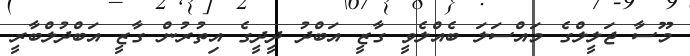
މޫސާ ޖަލީލްގެ މައްސަލަ ބެއްލެވީ ގާޒީ އަބްދު ދީދީގެ އިތުރުން ގާޒީ އަބްދުލްބާރީ